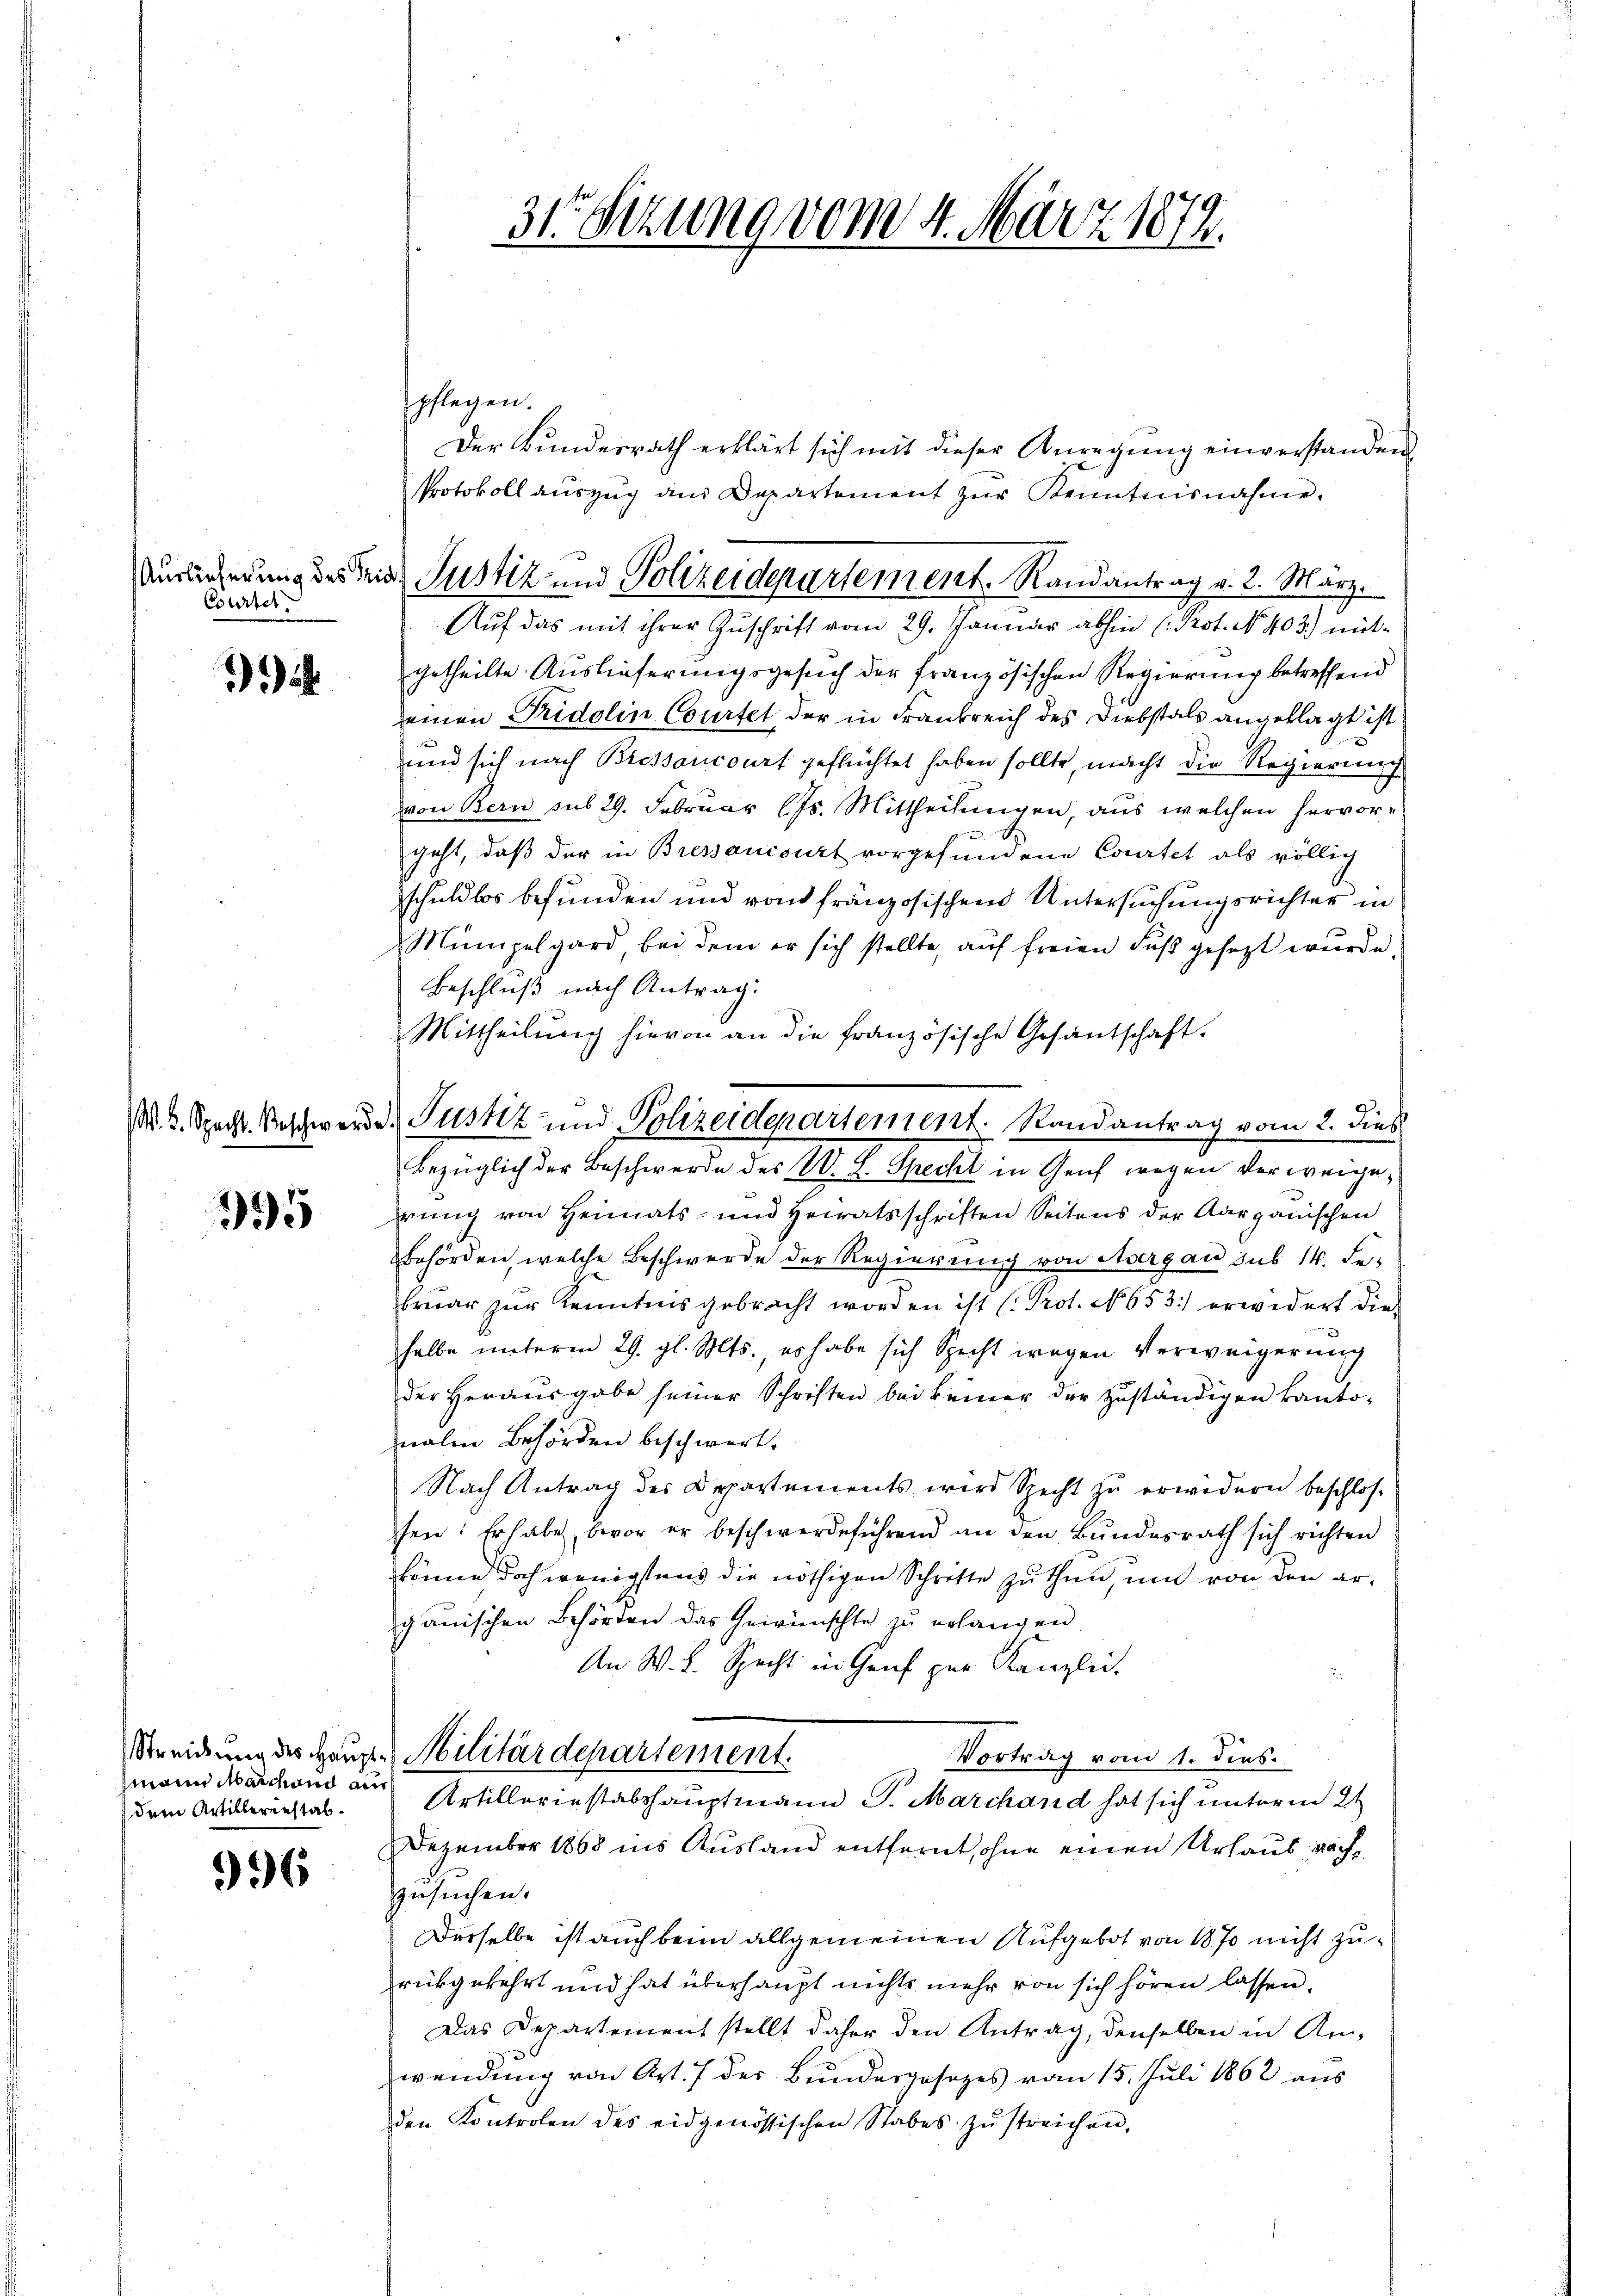
Courtel

i

395

main Marchend an
dem Artillerenstab¬

996

31 Sizung vom 4. März 1872.

pflegen.
Der Bŭndesrath erklärt sich mit dieser Anregŭng einverstanden
Auf das mit ihrer Zuschrift vom 29. Januar abhin (Prot. No. 403.) mitgetheilte Auslieferungsgesuch der französischen Regierung betreffend
seinen Pridolin Courtet der in Frankreich des Diebstals angeklagt ist
und sich nach Bressancourt geflüchtet haben sollte, macht die Regierung
von Bern sub 29. Februar lJs. Mittheilungen, aus welchen hervor¬
A.
geht, daß der in Bressancourt vorgefundene Courtet als völlig
schuldlos befunden und von französischen Untersuchungsrichter in
Mümpelgard bei dem er sich stellte, auf freien Fuß gesezt wurde.
Beschluß nach Antrag:
Mittheilung hievon an die französische Gesantschaft.
rung von Heimats- und Heiratsschriften Seitens der Aarganischen
behörden, welche Beschwerde der Regierung von Avergau sub 14. Februar zur Kenntnis gebracht worden ist (Prot. No. 653.) erwidert die
halbe unterm 29. gl. Mts., es habe sich Specht wegen Verweigerung
der Heraŭsgabe seiner Schriften bei keiner der zŭständigen kanto-
malen Behörden beschwert.
Nach Antrag des Departements wird Specht zu erwidern beschlos
fen: Er habe, bevor er beschwerdeführend an den Bŭndesrath sich richten
könne doch wenigstens die nöthigen Schritte zu thun, und von den ergauischen Behörden das Gewünschte zu erlangen
An W. L. Specht in Graf zur Kanzlei.
Streidung des Haupt-Militärdepartement.
Vortrag vom 1. dies.
Artillerinstabshauptmann S. Marchand hat sich unterm 2t
Dezember 1868 ins Ausland entfernt, ohne einen Urlaus nächs
zusuchen.
Derselbe ist auch beim allgemeinen Aufgebot von 1870 nicht zurückgekehrt und hat überhaupt nichts mehr von sich hören lassen.
Das Departement stellt daher den Antrag, denselben in Anwendung von Art. 7 der Bundesgesezes vom 15. Juli 1862 aus
den Kontrolen des eidgenössischen Stabes zŭ streichen,

Protokoll auszug an Departement zur Kenntnisnahme.
Auslicherung des Tria Justiz und Polizeidepartement. Randantrag v. 2. März.

(M. D. Specht. Beschwerde Justiz und Polizeidepartement. Randantrag vom 2. dies
bezüglich der Beschwerde des W. L. Speckt in Genf wegen der weige¬